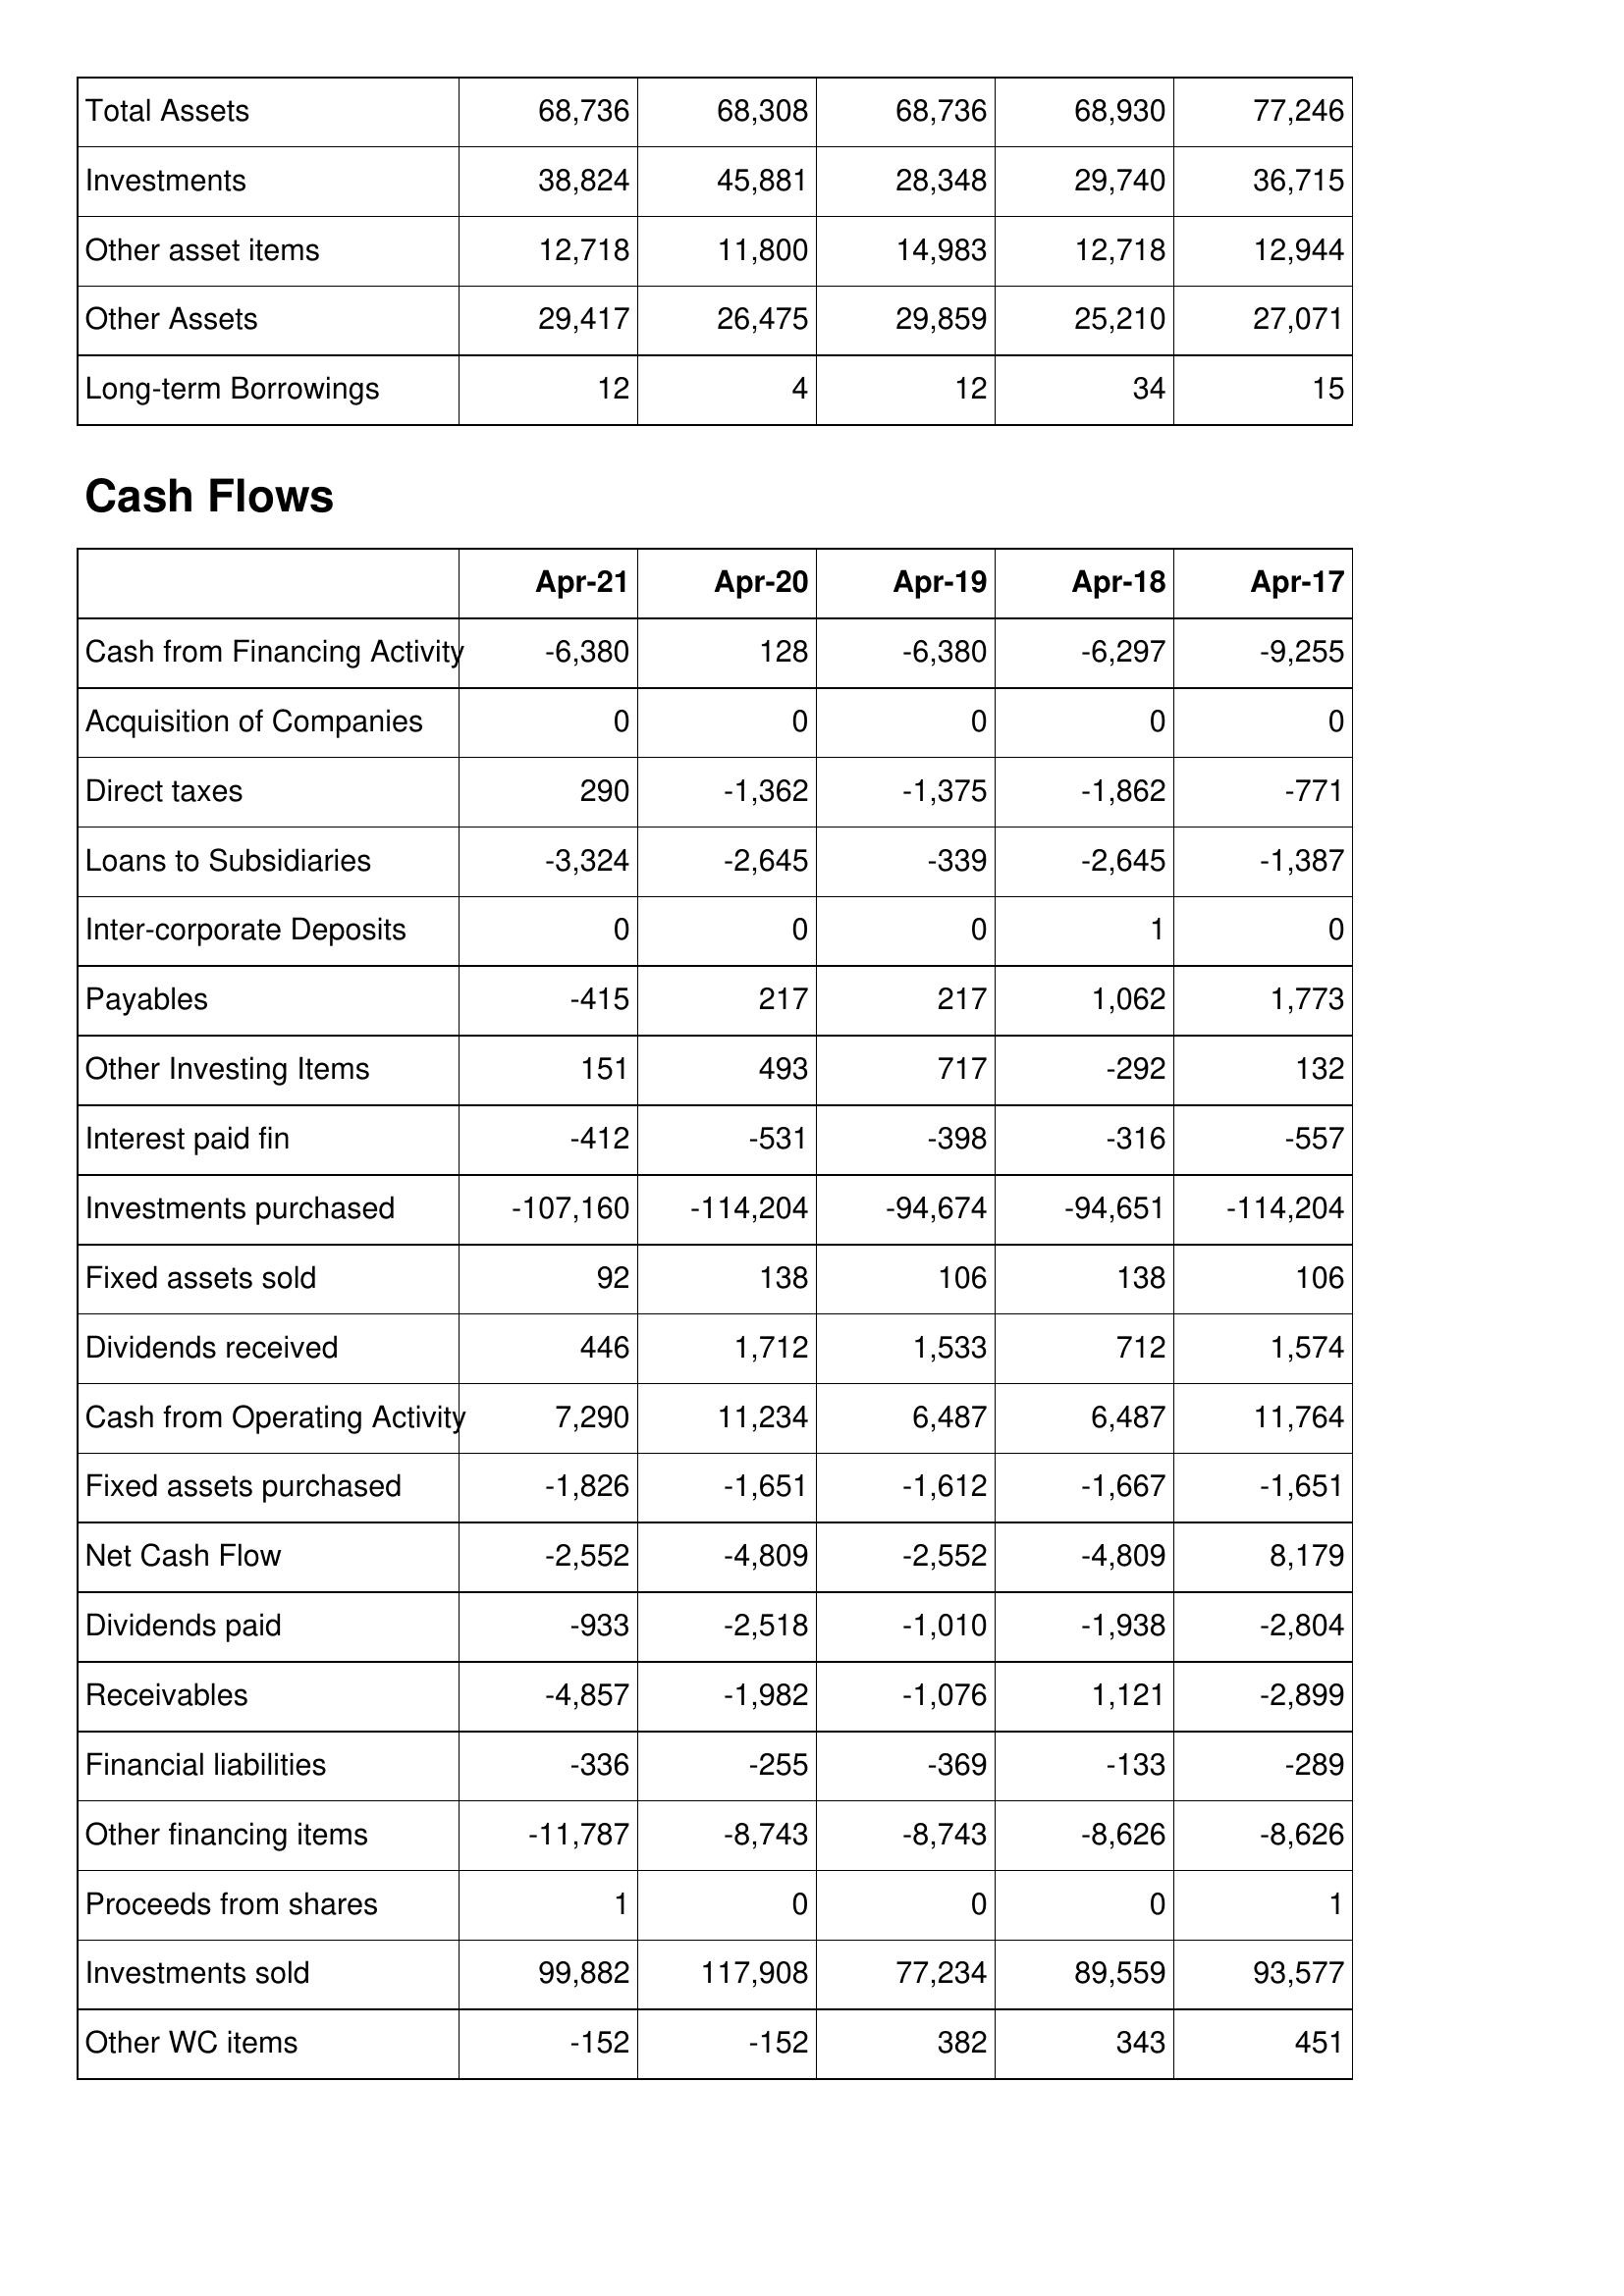
Apr-21: Balance Sheet: Total Assets: 68,736
Investments: 38,824
Other asset items: 12,718
Other Assets: 29,417
Long-term Borrowings: 12
Cash Flows: Cash from Financing Activity: -6,380
Acquisition of Companies: 0
Direct taxes: 290
Loans to Subsidiaries: -3,324
Inter-corporate Deposits: 0
Payables: -415
Other Investing Items: 151
Interest paid fin: -412
Investments purchased: -107,160
Fixed assets sold: 92
Dividends received: 446
Cash from Operating Activity: 7,290
Fixed assets purchased: -1,826
Net Cash Flow: -2,552
Dividends paid: -933
Receivables: -4,857
Financial liabilities: -336
Other financing items: -11,787
Proceeds from shares: 1
Investments sold: 99,882
Other WC items: -152
Apr-20: Balance Sheet: Total Assets: 68,308
Investments: 45,881
Other asset items: 11,800
Other Assets: 26,475
Long-term Borrowings: 4
Cash Flows: Cash from Financing Activity: 128
Acquisition of Companies: 0
Direct taxes: -1,362
Loans to Subsidiaries: -2,645
Inter-corporate Deposits: 0
Payables: 217
Other Investing Items: 493
Interest paid fin: -531
Investments purchased: -114,204
Fixed assets sold: 138
Dividends received: 1,712
Cash from Operating Activity: 11,234
Fixed assets purchased: -1,651
Net Cash Flow: -4,809
Dividends paid: -2,518
Receivables: -1,982
Financial liabilities: -255
Other financing items: -8,743
Proceeds from shares: 0
Investments sold: 117,908
Other WC items: -152
Apr-19: Balance Sheet: Total Assets: 68,736
Investments: 28,348
Other asset items: 14,983
Other Assets: 29,859
Long-term Borrowings: 12
Cash Flows: Cash from Financing Activity: -6,380
Acquisition of Companies: 0
Direct taxes: -1,375
Loans to Subsidiaries: -339
Inter-corporate Deposits: 0
Payables: 217
Other Investing Items: 717
Interest paid fin: -398
Investments purchased: -94,674
Fixed assets sold: 106
Dividends received: 1,533
Cash from Operating Activity: 6,487
Fixed assets purchased: -1,612
Net Cash Flow: -2,552
Dividends paid: -1,010
Receivables: -1,076
Financial liabilities: -369
Other financing items: -8,743
Proceeds from shares: 0
Investments sold: 77,234
Other WC items: 382
Apr-18: Balance Sheet: Total Assets: 68,930
Investments: 29,740
Other asset items: 12,718
Other Assets: 25,210
Long-term Borrowings: 34
Cash Flows: Cash from Financing Activity: -6,297
Acquisition of Companies: 0
Direct taxes: -1,862
Loans to Subsidiaries: -2,645
Inter-corporate Deposits: 1
Payables: 1,062
Other Investing Items: -292
Interest paid fin: -316
Investments purchased: -94,651
Fixed assets sold: 138
Dividends received: 712
Cash from Operating Activity: 6,487
Fixed assets purchased: -1,667
Net Cash Flow: -4,809
Dividends paid: -1,938
Receivables: 1,121
Financial liabilities: -133
Other financing items: -8,626
Proceeds from shares: 0
Investments sold: 89,559
Other WC items: 343
Apr-17: Balance Sheet: Total Assets: 77,246
Investments: 36,715
Other asset items: 12,944
Other Assets: 27,071
Long-term Borrowings: 15
Cash Flows: Cash from Financing Activity: -9,255
Acquisition of Companies: 0
Direct taxes: -771
Loans to Subsidiaries: -1,387
Inter-corporate Deposits: 0
Payables: 1,773
Other Investing Items: 132
Interest paid fin: -557
Investments purchased: -114,204
Fixed assets sold: 106
Dividends received: 1,574
Cash from Operating Activity: 11,764
Fixed assets purchased: -1,651
Net Cash Flow: 8,179
Dividends paid: -2,804
Receivables: -2,899
Financial liabilities: -289
Other financing items: -8,626
Proceeds from shares: 1
Investments sold: 93,577
Other WC items: 451